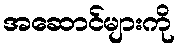
အဆောင်များကို